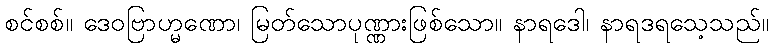
စင်စစ်။ ဒေဝဗြာဟ္မဏော၊ မြတ်သောပုဏ္ဏားဖြစ်သော။ နာရဒေါ၊ နာရဒရသေ့သည်။